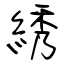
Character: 綉